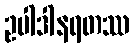
ဥပါဒါနရတဿ